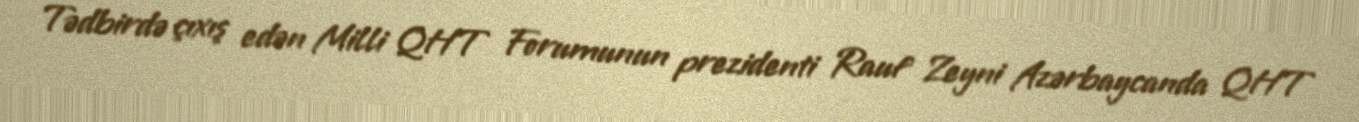
Tədbirdə çıxış edən Milli QHT Forumunun prezidenti Rauf Zeyni Azərbaycanda QHT